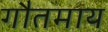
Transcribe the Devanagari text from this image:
गौतमाय